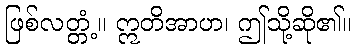
ဖြစ်လတ္တံ့။ ဣတိအာဟ၊ ဤသို့ဆို၏။